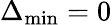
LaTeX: \Delta_{\mathrm{min}}=0